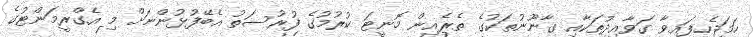
ހަމަޖެހިފައިވާ ގަވާއިދުތަކާއި ގާނޫނުތަކުގެ ތެރެއިން މޮނީޓަ ކުރުމުގެ ފުރުސަތު އެބޭފުޅުންނަށް މި އެގްރީމަންޓުގެ